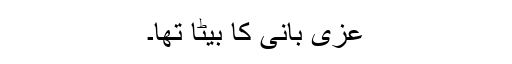
عُزّی بانی کا بیٹا تھا۔